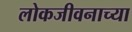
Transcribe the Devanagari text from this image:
लोकजीवनाच्या